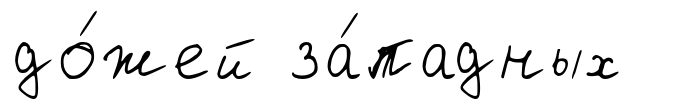
до́жей за́падных